Madras plague regulations and rules - Volume 1
Disease focus: Plague
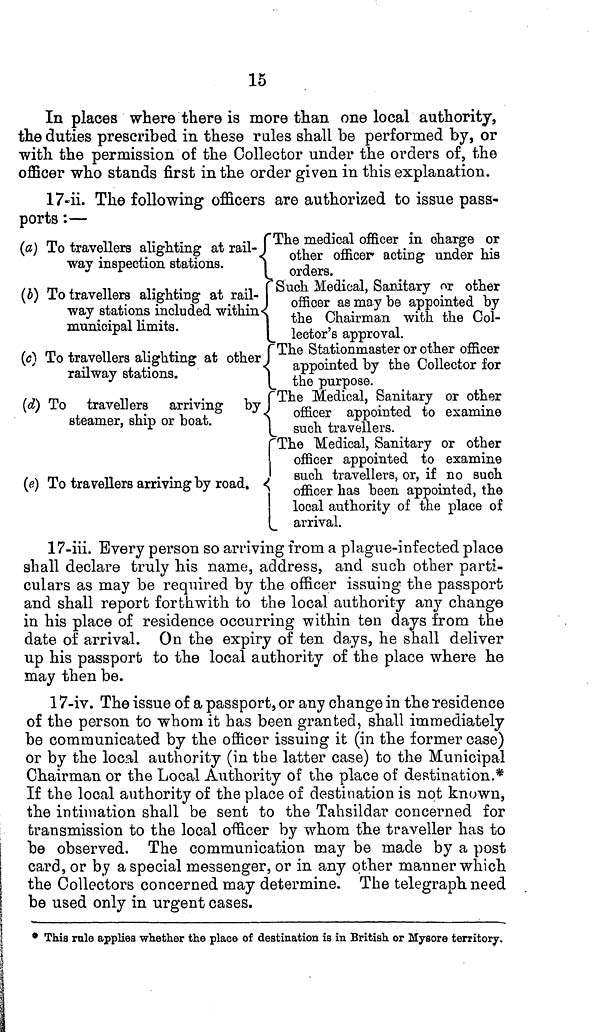
15
In places where there is more than one local authority,
the duties prescribed in these rules shall be performed by, or
with the permission of the Collector under the orders of, the
officer who stands first in the order given in this explanation.
17-ii. The following officers are authorized to issue pass-
ports :—
(a) To travellers alighting at rail-
way inspection stations.
1
(b) To travellers alighting at rail-
way stations included within
municipal limits.
(c) To travellers alighting at other
railway stations.
(d) To travellers arriving by
steamer, ship or boat.
(e) To travellers arriving by road.
The medical officer in charge or
other officer acting under his
orders.
Such Medical, Sanitary or other
officer as may be appointed by
the Chairman with the Col-
lector's approval.
The Stationmaster or other officer
appointed by the Collector for
the purpose.
The Medical, Sanitary or other
officer appointed to examine
such travellers.
The Medical, Sanitary or other
officer appointed to examine
such travellers, or, if no such
officer has been appointed, the
local authority of the place of
arrival.
17-iii. Every person so arriving from a plague-infected place
shall declare truly his name, address, and such other parti-
culars as may be required by the officer issuing the passport
and shall report forthwith to the local authority any change
in his place of residence occurring within ten days from the
date of arrival. On the expiry of ten days, he shall deliver
up his passport to the local authority of the place where he
may then be.
17-iv. The issue of a passport, or any change in the residence
of the person to whom it has been granted, shall immediately
be communicated by the officer issuing it (in the former case)
or by the local authority (in the latter case) to the Municipal
Chairman or the Local Authority of the place of destination.*
If the local authority of the place of destination is not known,
the intimation shall be sent to the Tahsildar concerned for
transmission to the local officer by whom the traveller has to
be observed. The communication may be made by a post
card, or by a special messenger, or in any other manner which
the Collectors concerned may determine. The telegraph need
be used only in urgent cases.
* This rule applies whether the place of destination is in British or Mysore territory.